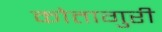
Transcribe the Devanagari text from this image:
कोतागुरी